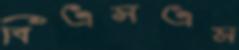
বিএসএম